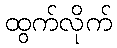
ထွက်လိုက်